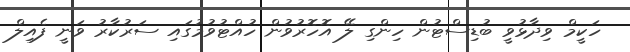
ހަކީމް ވިދާޅުވީ ބުޑިސްޓުން ހިންގި ލޭ އޮހޮރުވުން ހުއްޓުވުމުގައި ސަރުކާރު ވަނީ ފެއިލް